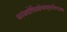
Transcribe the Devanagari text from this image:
धनंजयोपिधर्मात्मामातृभक्तिपरायणः